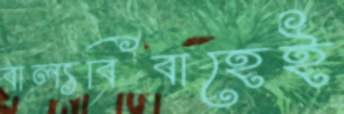
বাল্যবিবাহেই